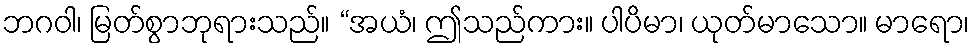
ဘဂဝါ၊ မြတ်စွာဘုရားသည်။ “အယံ၊ ဤသည်ကား။ ပါပိမာ၊ ယုတ်မာသော။ မာရော၊